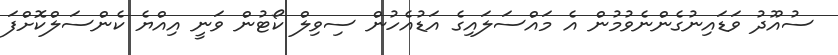
ސުއޫދު ވަޑައިނުގެންނެވުމުން އެ މައްސަލައިގެ އަޑުއެހުން ސިވިލް ކޯޓުން ވަނީ އިއްޔެ ކެންސަލްކޮށްފަ